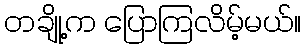
တချို့က ပြောကြလိမ့်မယ်။